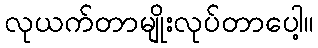
လုယက်တာမျိုးလုပ်တာပေါ့။